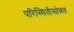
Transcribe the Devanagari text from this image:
परिस्थितीसोबत